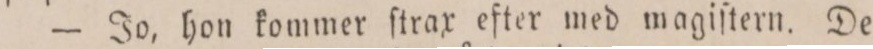
— Jo, hon kommer ſtrax efter med magiſtern. De